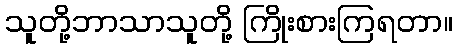
သူတို့ဘာသာသူတို့ ကြိုးစားကြရတာ။